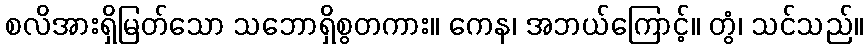
စလိအားရှိမြတ်သော သဘောရှိစွတကား။ ကေန၊ အဘယ်ကြောင့်။ တွံ၊ သင်သည်။